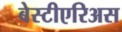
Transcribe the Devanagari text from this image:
बेस्टीएरिअस